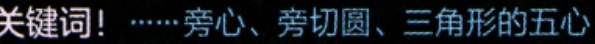
关键词！……旁心、旁切圆、三角形的五心